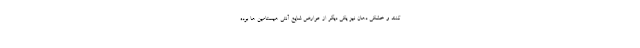
کنند و خشکی دهان نیز یکی دیگر از عوارض شایع آنتی هیستامین ها بوده